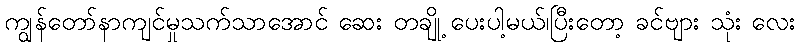
ကျွန်တော်နာကျင်မှုသက်သာအောင် ဆေး တချို့ ပေးပါ့မယ်၊ပြီးတော့ ခင်ဗျား သုံး လေး